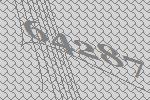
64287